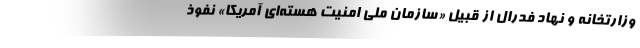
وزارتخانه و نهاد فدرال از قبیل «سازمان ملی امنیت هسته‌ای آمریکا» نفوذ